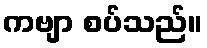
ကဗျာ စပ်သည်။